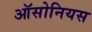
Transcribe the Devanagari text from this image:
ऑसोनियस